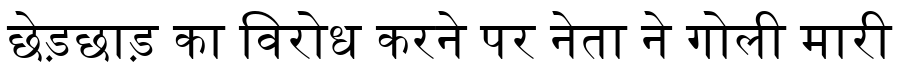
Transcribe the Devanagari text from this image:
छेड़छाड़ का विरोध करने पर नेता ने गोली मारी